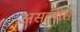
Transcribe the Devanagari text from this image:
असलीस